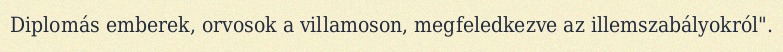
Diplomás emberek, orvosok a villamoson, megfeledkezve az illemszabályokról".